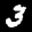
Label: 3